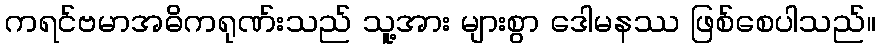
ကရင်ဗမာအဓိကရုဏ်းသည် သူ့အား များစွာ ဒေါမနဿ ဖြစ်စေပါသည်။